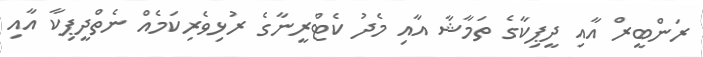
ރަންބީރް އާއި ދީޕިކާގެ ތަމާޝާ އާއި މެދު ކެޓްރީނާގެ ރުޅިވެރިކަމެއް ނެތްދީޕިކާ އާއި